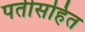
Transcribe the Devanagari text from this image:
पतीसहित